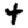
Digit: 4